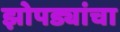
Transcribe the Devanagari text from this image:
झोपड्यांचा